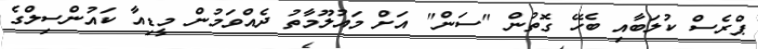
ޕްރެސް ކުލަބާއި ބެހޭ ގޮތުން "ސަން" އަށް މައުލޫމާތު ދެއްވަމުން މީޑިއާ ކައުންސިލްގެ